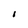
Character: 1